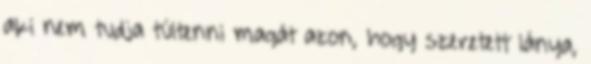
aki nem tudja túltenni magát azon, hogy szeretett lánya,